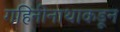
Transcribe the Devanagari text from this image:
गहिनीनाथाकडून